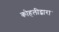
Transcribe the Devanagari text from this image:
कोहलीद्वारा